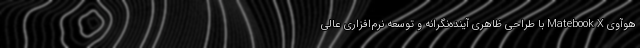
هوآوی Matebook X با طراحی ظاهری آینده‌نگرانه و توسعه نرم‌افزاری عالی